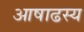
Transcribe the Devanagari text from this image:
आषाढस्य